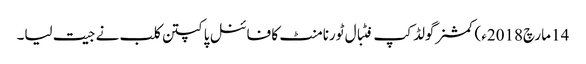
14 مارچ2018ء) کمشنرگولڈ کپ فٹبال ٹورنامنٹ کا فائنل پاکپتن کلب نے جیت لیا۔